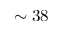
\sim 3 8